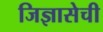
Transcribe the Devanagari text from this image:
जिज्ञासेची